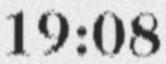
19:08